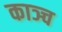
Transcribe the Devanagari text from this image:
काञ्च